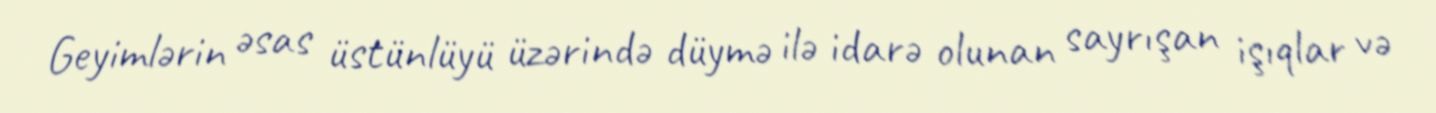
Geyimlərin əsas üstünlüyü üzərində düymə ilə idarə olunan sayrışan işıqlar və